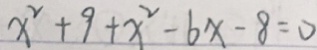
x ^ { 2 } + 9 + x ^ { 2 } - 6 x - 8 = 0